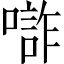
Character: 𱔧